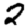
Digit: 2